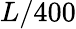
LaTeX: L/400